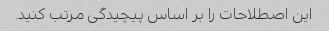
این اصطلاحات را بر اساس پیچیدگی مرتب کنید.